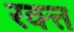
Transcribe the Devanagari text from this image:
रक्त्त